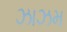
ઝાઝમ